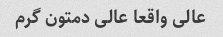
عالی واقعا عالی دمتون گرم